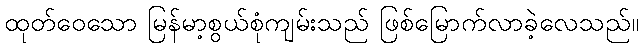
ထုတ်ဝေသော မြန်မာ့စွယ်စုံကျမ်းသည် ဖြစ်မြောက်လာခဲ့လေသည်။